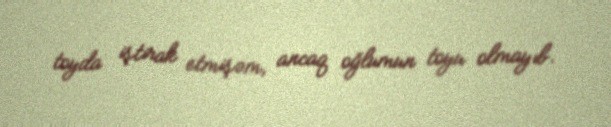
toyda iştirak etmişəm, ancaq oğlumun toyu olmayıb.